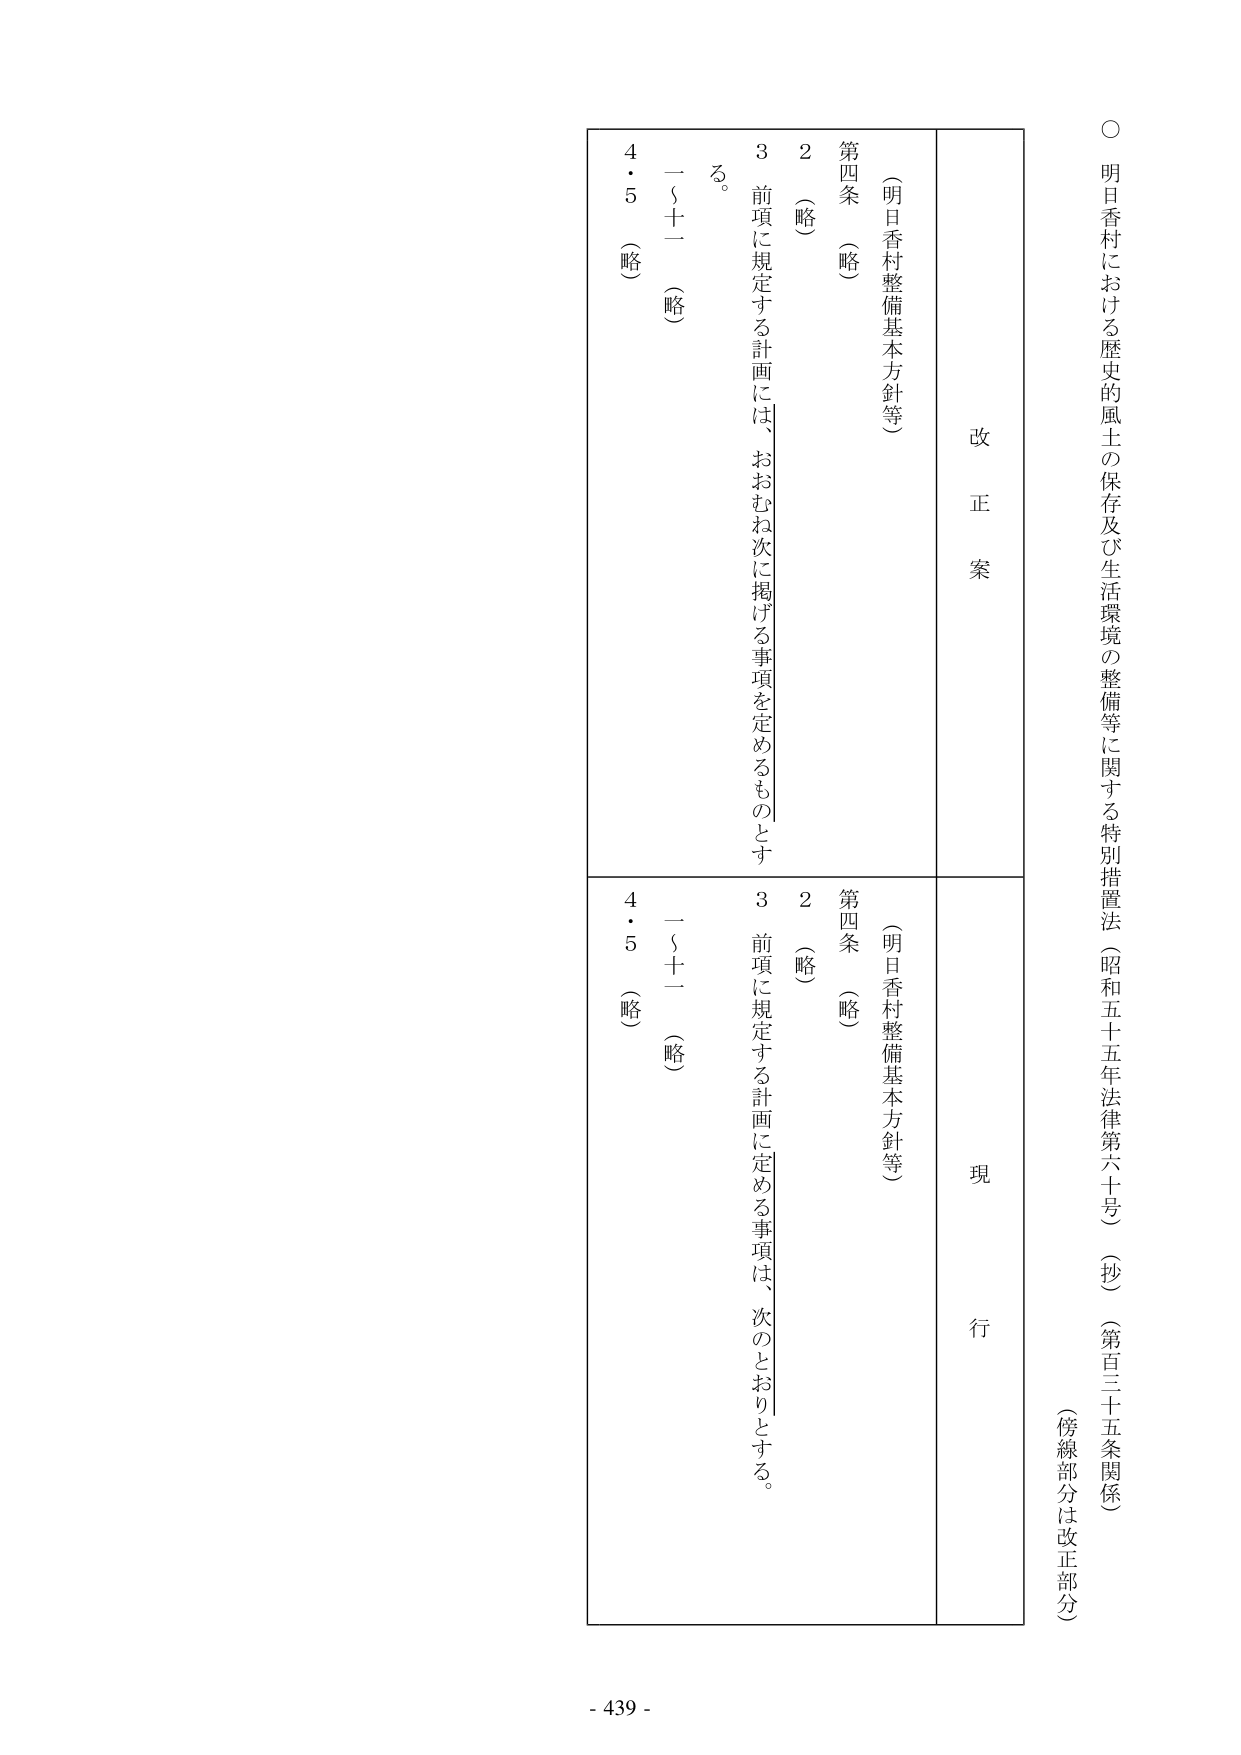
○ 明日香村における歴史的風土の保存及び生活環境の整備等に関する特別措置法（昭和五十五年法律第六十号）（抄）（第百三十五条関係）
（傍線部分は改正部分）

改正案
（明日香村整備基本方針等）
第四条 （略）
２ （略）
３ 前項に規定する計画には、おおむね次に掲げる事項を定めるものとする。
一～十一 （略）
４・５ （略）

現行
（明日香村整備基本方針等）
第四条 （略）
２ （略）
３ 前項に規定する計画に定める事項は、次のとおりとする。
一～十一 （略）
４・５ （略）

- 439 -